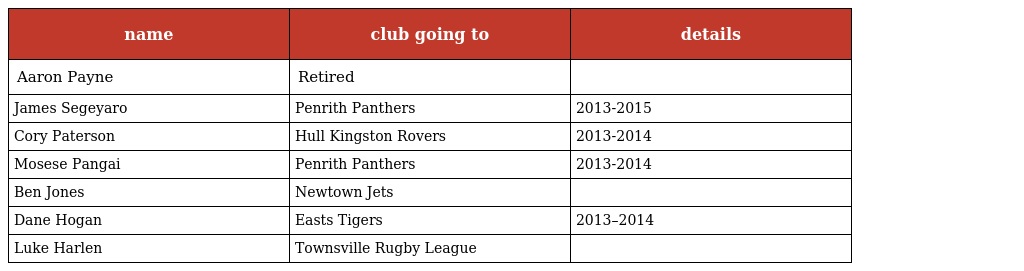
| name | club going to | details |
 | --- | --- | --- |
 | Aaron Payne | Retired |  |
 | James Segeyaro | Penrith Panthers | 2013-2015 |
 | Cory Paterson | Hull Kingston Rovers | 2013-2014 |
 | Mosese Pangai | Penrith Panthers | 2013-2014 |
 | Ben Jones | Newtown Jets |  |
 | Dane Hogan | Easts Tigers | 2013–2014 |
 | Luke Harlen | Townsville Rugby League |  |